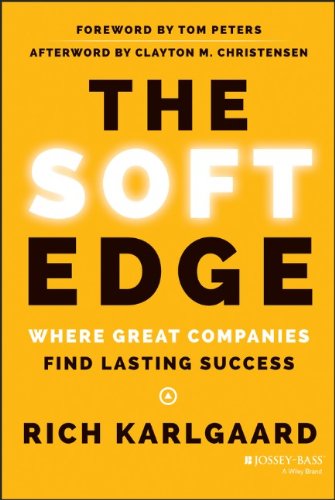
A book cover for The Soft Edge: Where Great Companies Find Lasting Success; Rich Karlgaard; Business & Money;